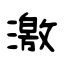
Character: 激